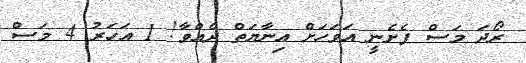
ރޯދަ މަސް ފެށެނީ އަވަހަށް އިނާޔަތް ދެއްވާ! 1 އަހަރު 4 މަސް